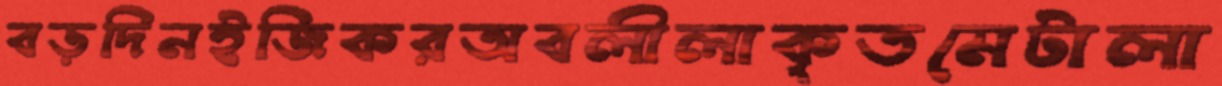
বড়দিনইজিকরঅবলীলাকৃতমেটালা